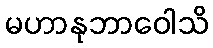
မဟာနုဘာဝေါသိ